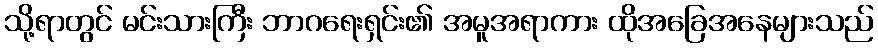
သို့ရာတွင် မင်းသားကြီး ဘာဂရေးရှင်း၏ အမူအရာကား ထိုအခြေအနေများသည်